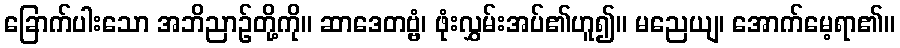
ခြောက်ပါးသော အဘိညာဉ်တို့ကို။ ဆာဒေတဗ္ဗံ၊ ဖုံးလွှမ်းအပ်၏ဟူ၍။ မညေယျ၊ အောက်မေ့ရာ၏။